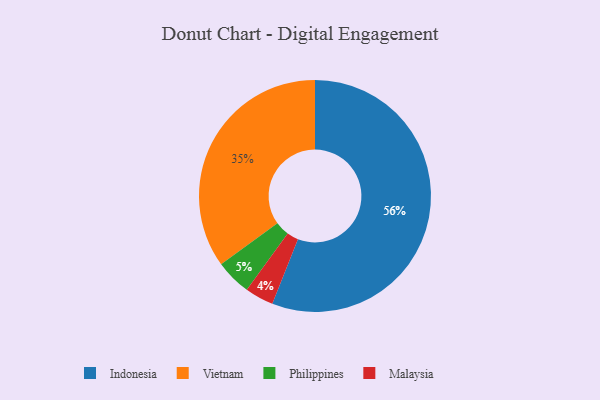
{"axis": {"x": "Category", "y": "Percentage"}, "legend": ["Indonesia", "Malaysia", "Philippines", "Vietnam"], "data": [{"x": "Indonesia", "y": 56, "type": "Indonesia"}, {"x": "Philippines", "y": 5, "type": "Philippines"}, {"x": "Malaysia", "y": 4, "type": "Malaysia"}, {"x": "Vietnam", "y": 35, "type": "Vietnam"}]}